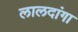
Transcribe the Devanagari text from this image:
लालदांगा